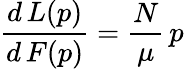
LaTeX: \frac{d\, L(p)}{d\, F(p)}=\frac{N}{\mu}\, p